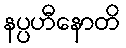
နပ္ပဟီနောတိ